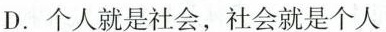
D.个人就是社会，社会就是个人